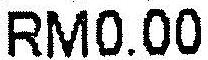
RM0.00